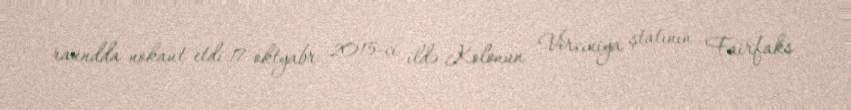
raundda nokaut etdi.17 oktyabr 2015-ci ildə Kolonun Virciniya ştatının Fairfaks